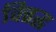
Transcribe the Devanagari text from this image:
वित्तद्ध